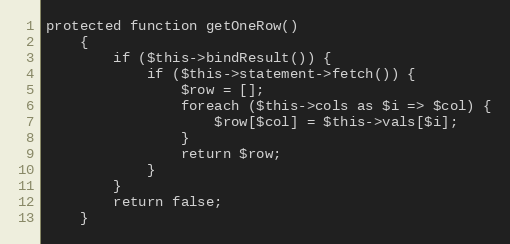
Language: PHP
protected function getOneRow()
    {
        if ($this->bindResult()) {
            if ($this->statement->fetch()) {
                $row = [];
                foreach ($this->cols as $i => $col) {
                    $row[$col] = $this->vals[$i];
                }
                return $row;
            }
        }
        return false;
    }